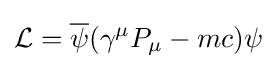
{\mathcal {L}}={\overline {\psi }}(\gamma ^{\mu }P_{\mu }-mc)\psi